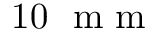
1 0 ~ \mathrm { ~ m ~ m ~ }